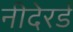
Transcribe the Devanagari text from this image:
नीदेरर्ड